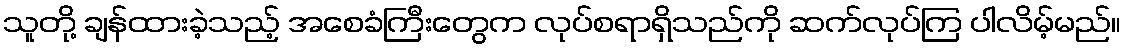
သူတို့ ချန်ထားခဲ့သည့် အစေခံကြီးတွေက လုပ်စရာရှိသည်ကို ဆက်လုပ်ကြ ပါလိမ့်မည်။